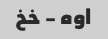
اوه - خخ